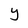
Character: Y